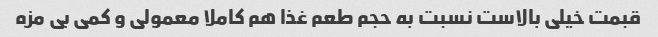
قبمت خیلی بالاست نسبت به حجم طعم غذا هم کاملا معمولی و کمی بی مزه